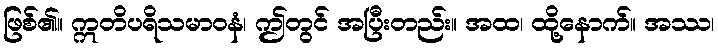
ဖြစ်၏။ ဣတိပရိသမာဝနံ၊ ဤတွင် အပြီးတည်း။ အထ၊ ထို့နောက်။ အဿ၊